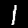
Digit: 1